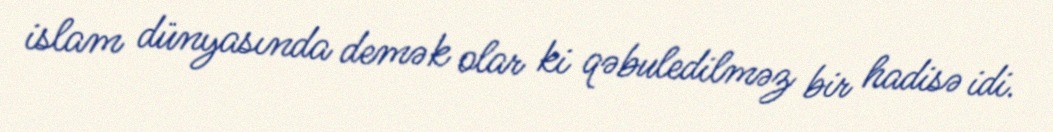
islam dünyasında demək olar ki qəbuledilməz bir hadisə idi.